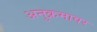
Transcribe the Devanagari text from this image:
अनुक्रमावर